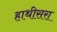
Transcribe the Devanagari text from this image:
हाथीसरा